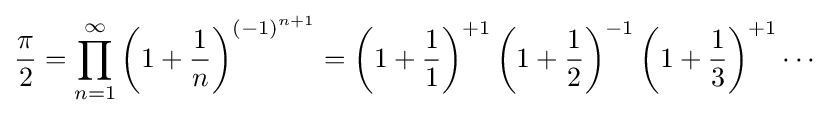
{\frac {\pi }{2}}=\prod _{n=1}^{\infty }\left(1+{\frac {1}{n}}\right)^{(-1)^{n+1}}=\left(1+{\frac {1}{1}}\right)^{+1}\left(1+{\frac {1}{2}}\right)^{-1}\left(1+{\frac {1}{3}}\right)^{+1}\cdots